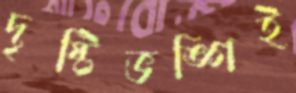
দৃষ্টিভঙ্গিই